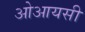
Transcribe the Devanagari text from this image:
ओआयसी